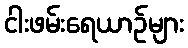
ငါးဖမ်းရေယာဉ်များ